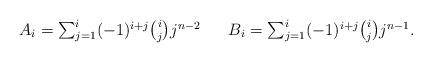
LaTeX: \begin{align*}\begin{array}{c c c}A_i=\sum^i_{j=1}(-1)^{i+j}\binom{i}{j}j^{n-2}&&B_i=\sum^i_{j=1}(-1)^{i+j}\binom{i}{j}j^{n-1}.\end{array}\end{align*}